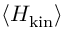
\langle H _ { \mathrm { k i n } } \rangle